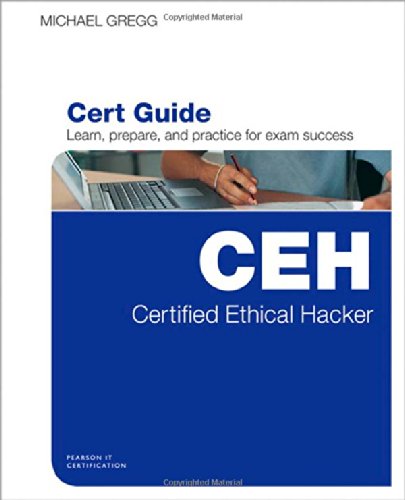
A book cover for Certified Ethical Hacker (CEH) Cert Guide; Michael Gregg; Computers & Technology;